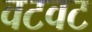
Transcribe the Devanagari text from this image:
वटवट